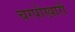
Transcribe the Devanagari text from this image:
चरपोखारी